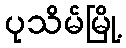
ပုသိမ်မြို့